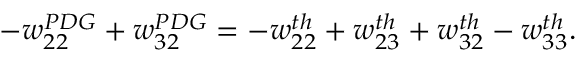
- w _ { 2 2 } ^ { P D G } + w _ { 3 2 } ^ { P D G } = - w _ { 2 2 } ^ { t h } + w _ { 2 3 } ^ { t h } + w _ { 3 2 } ^ { t h } - w _ { 3 3 } ^ { t h } .